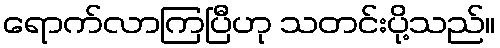
ရောက်လာကြပြီဟု သတင်းပို့သည်။